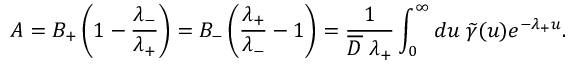
{ \cal A } = { \cal B } _ { + } \left( 1 - \frac { \lambda _ { - } } { \lambda _ { + } } \right) = { \cal B } _ { - } \left( \frac { \lambda _ { + } } { \lambda _ { - } } - 1 \right) = \frac { 1 } { \overline { { { D } } } \; \lambda _ { + } } \int _ { 0 } ^ { \infty } d u \; \widetilde \gamma ( u ) e ^ { - \lambda _ { + } u } .